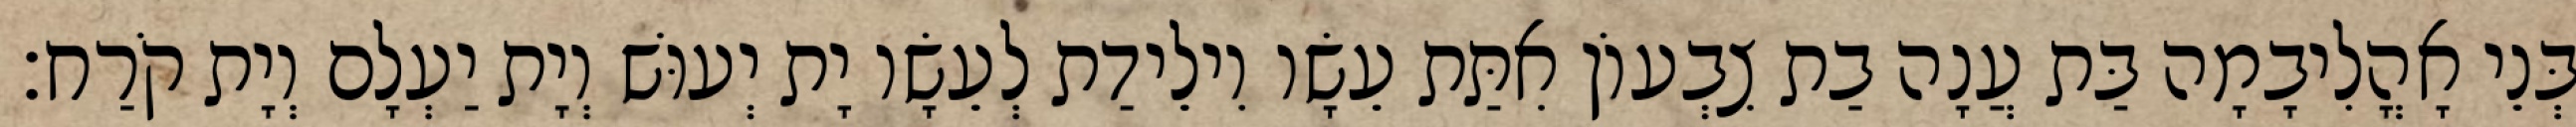
בְּנֵי אָהֳלִיבָמָה בַּת עֲנָה בַת צִבְעוֹן אִתַּת עֵשָׂו וִילֵידַת לְעֵשָׂו יָת יְעוּשׁ וְיָת יַעְלָם וְיָת קֹרַח׃